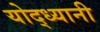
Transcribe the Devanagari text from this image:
योद्ध्यानी